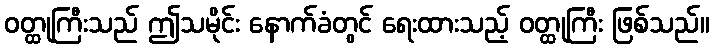
ဝတ္ထုကြီးသည် ဤသမိုင်း နောက်ခံတွင် ရေးထားသည့် ဝတ္ထုကြီး ဖြစ်သည်။